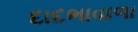
દાદભાવાળા